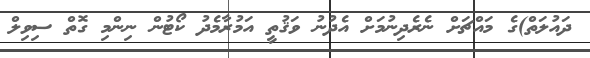
ދައުލަތް)ގެ މައްޗަށް ނެރެދިނުމަށް އެދުނު ވަޤުތީ އަމުރާމެދު ކޯޓުން ނިންމި ގޮތް ސިވިލް